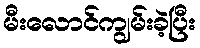
မီးလောင်ကျွမ်းခဲ့ပြီး